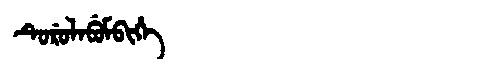
Manchu: ᡨᡠᡵᡠᠯᠠᠪᡠᠮᠪᡳᡥᡝ
Romanization: TURULABUMBIHE